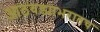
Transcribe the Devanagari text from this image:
आठवड्याभरातच